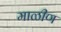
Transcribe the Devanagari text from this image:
माळीण